Eesti_Peakonsulaat_New_Yorgis, lk 29
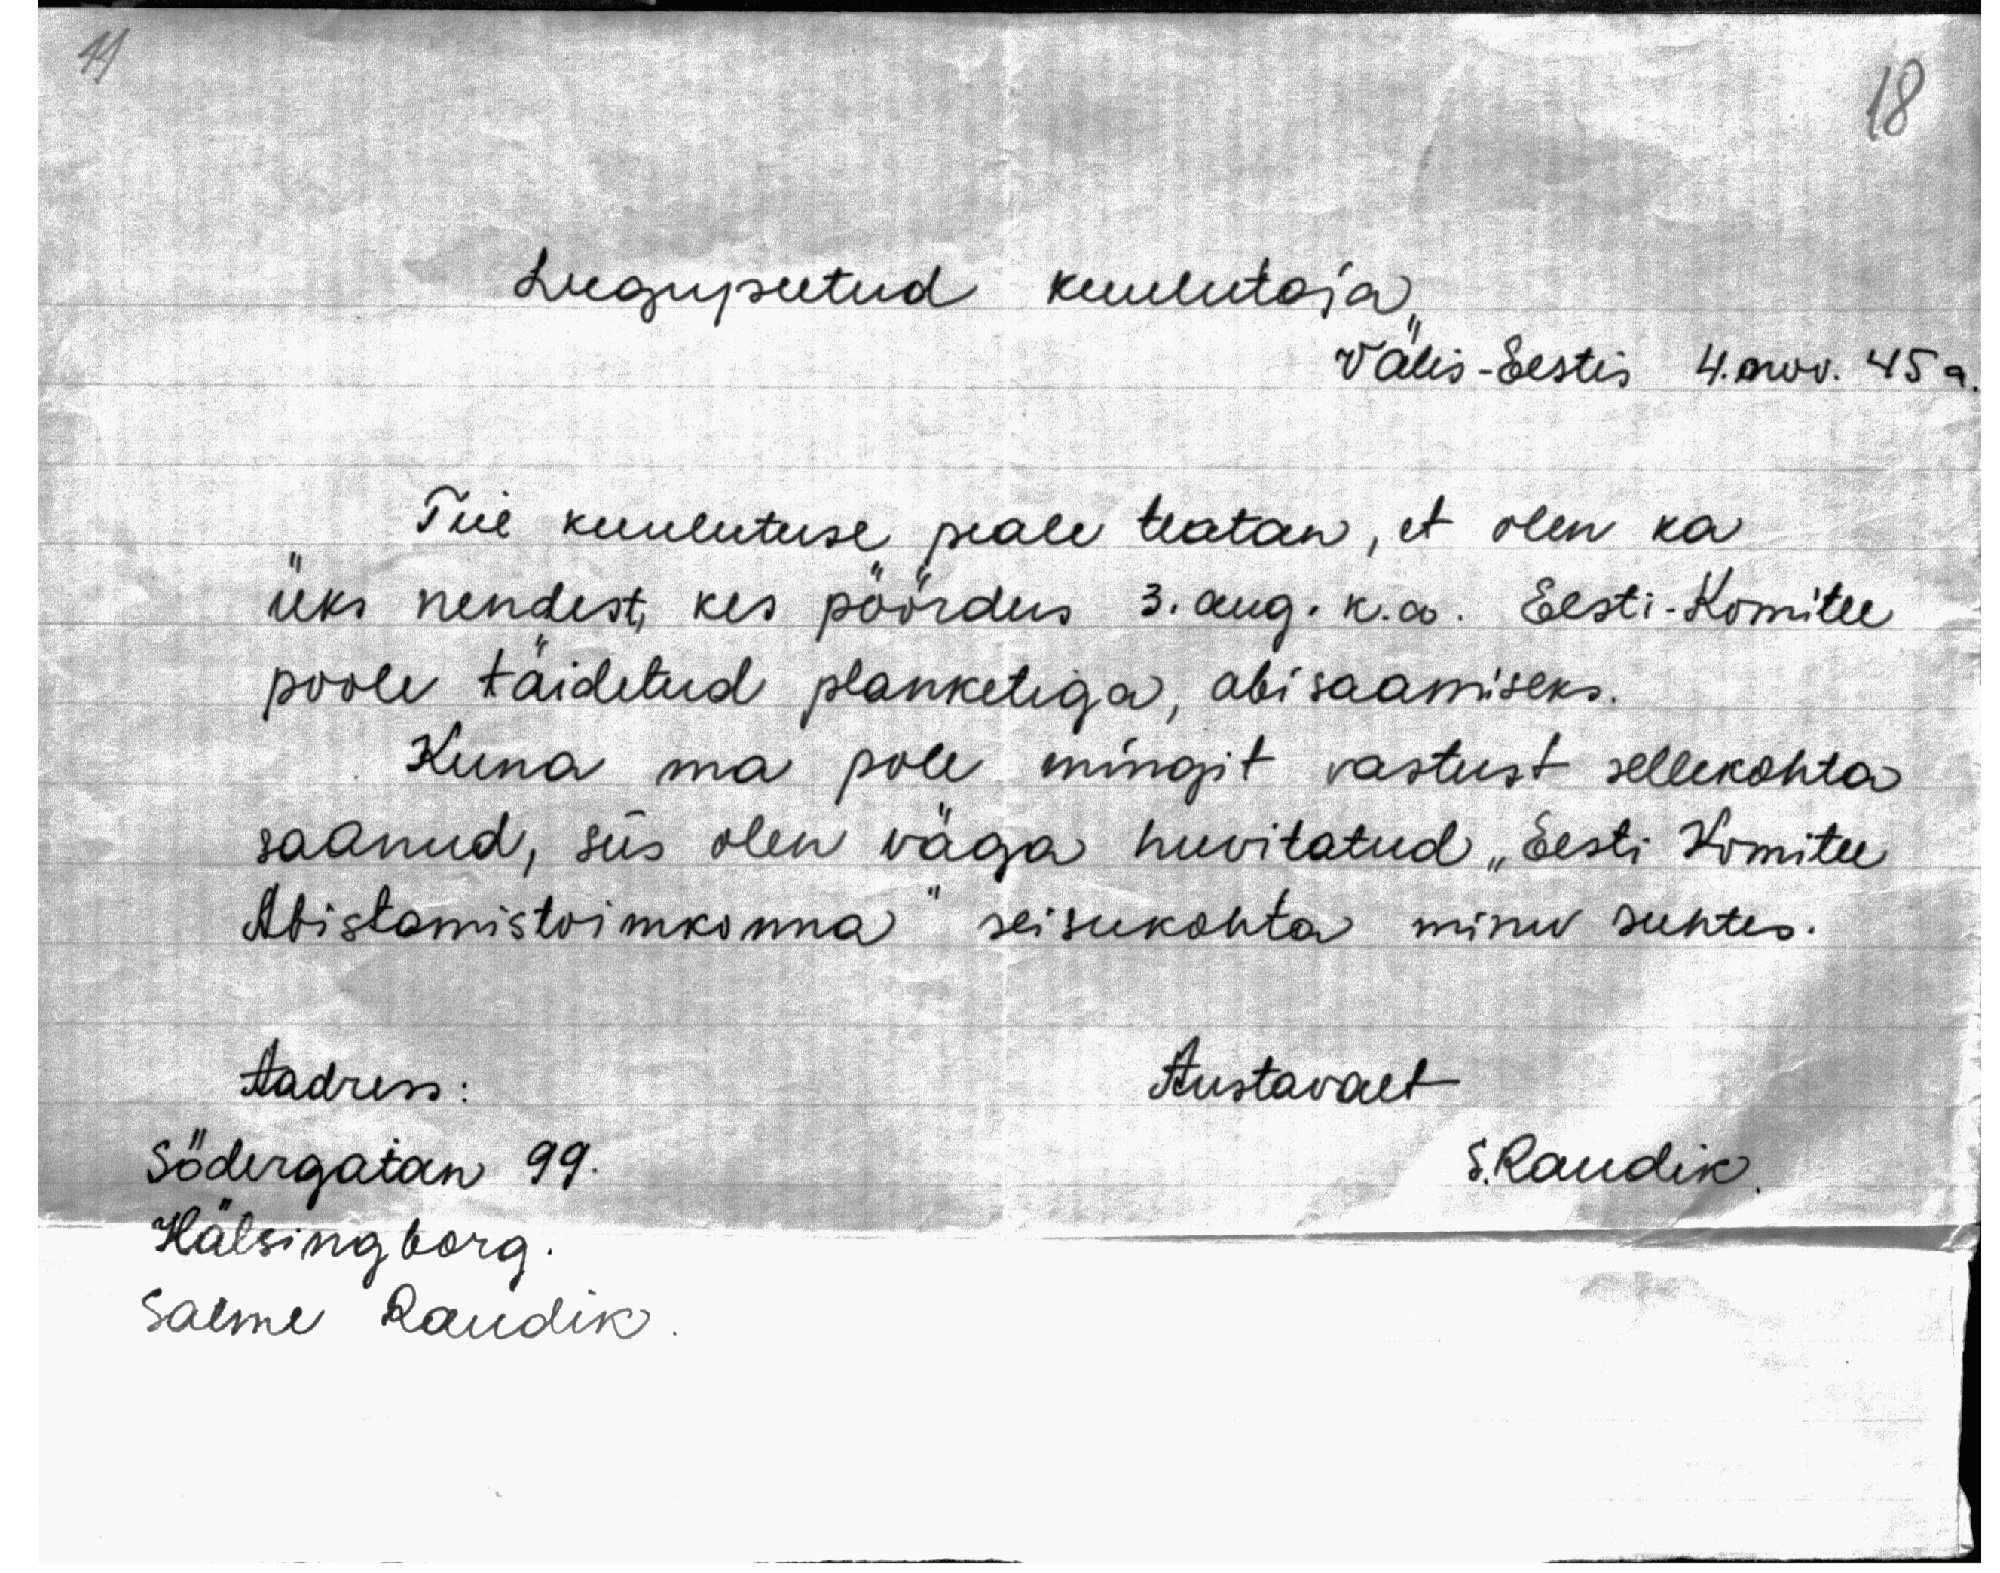
18

Lugupeetud kuulutaja
Välis-Eestis 4.nov. 45a.
Teie kuulutuse peale teatan, et olen ka
üks nendest, kes pöördus 3. aug. k. a. Eesti-Komitee
poole täidetud planketiga, abisaamiseks.
Kuna ma pole mingit vastust sellekohta
saanud, siis olen väga huvitatud "Eesti Komitee
Abistamistoimkonna" seisukohta minu suhtes.
Aadress:
Austavalt
Södergatan 99.
S. Raudik.
Hälsingborg
Salme Raudik